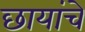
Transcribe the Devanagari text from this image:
छायांचे